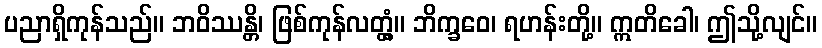
ပညာရှိကုန်သည်။ ဘဝိဿန္တိ၊ ဖြစ်ကုန်လတ္တံ့။ ဘိက္ခဝေ၊ ရဟန်းတို့။ ဣတိခေါ၊ ဤသို့လျင်။